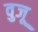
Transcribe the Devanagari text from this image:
वुजू